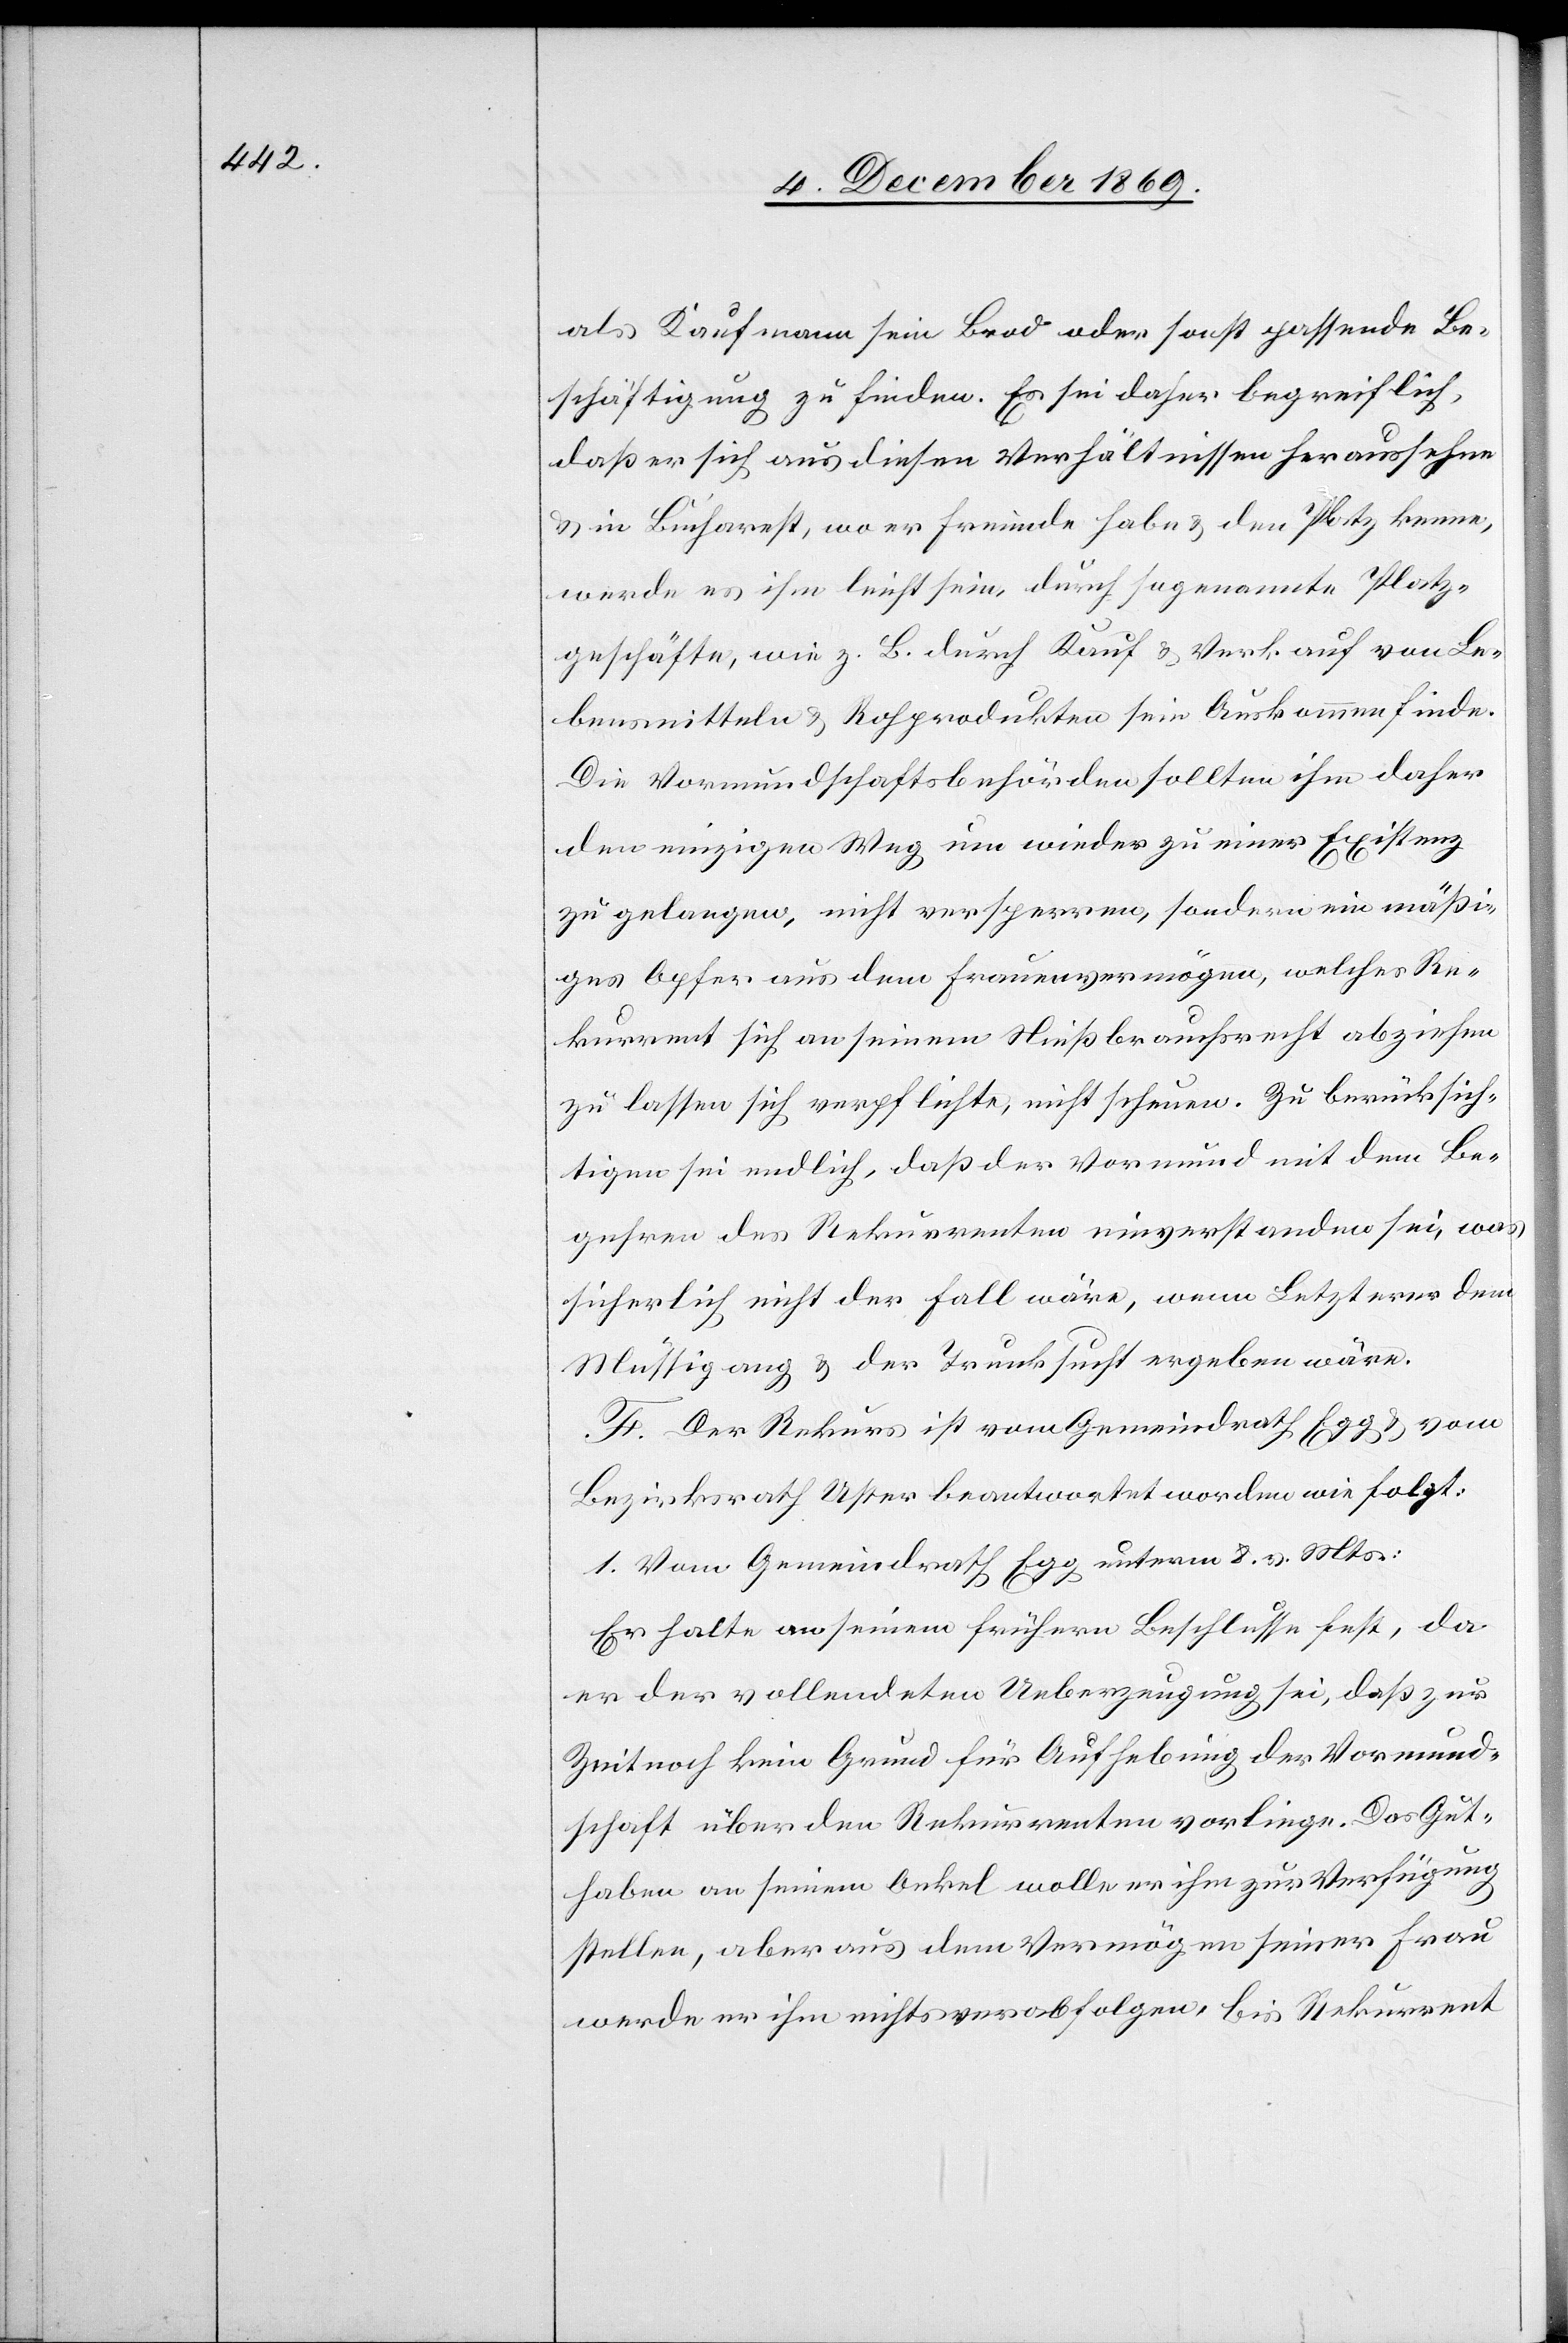
als Kaufmann sein Brod oder sonst passende Be¬
schäftigung zu finden. Es sei daher begreiflich,
daß er sich aus diesen Verhältnissen heraussehne
& in Bucharest, wo er Freunde habe & den Platz kenne,
werde es ihm leicht sein, durch sogenannte Platz¬
geschäfte, wie z. B. durch Kauf & Verkauf von Le¬
bensmitteln & Rohprodukten sein Auskommen finde
Die Vormundschaftsbehörden sollten ihm daher
den einzigen Weg um wieder zu einer Existenz
zu gelangen, nicht versperren, sondern ein mäßi¬
ges Opfer aus dem Frauenvermögen, welches Re¬
kurrent sich an seinem Nießbrauchsrecht abziehen
zu lassen sich [sic!] verpflichte, nicht scheuen. Zu berücksich¬
tigen sei endlich, daß der Vormund mit dem Be¬
gehren des Rekurrenten einverstanden sei, was
sicherlich nicht der Fall wäre, wenn Letzterer dem
Müssig[g]ang & der Trunksucht ergeben wäre.
F. Der Rekurs ist vom Gemeindrath Egg & vom
Bezirksrath Uster beantwortet worden wie folgt:
1. Vom Gemeindrath Egg unterm 8. v. Mts.:
Er halte an seinem frühern Beschlusse fest, da
er der vollendeten Ueberzeugung sei, daß zur
Zeit noch kein Grund für Aufhebung der Vormund¬
schaft über den Rekurrenten vorliege. Das Gut¬
haben an seinem Onkel wolle er ihm zur Verfügung
stellen, aber aus dem Vermögen seiner Frau
werde er ihm nichts verabfolgen, bis Rekurrent